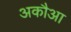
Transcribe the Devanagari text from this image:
अकौआ